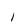
Character: l